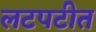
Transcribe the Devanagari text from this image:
लटपटीत